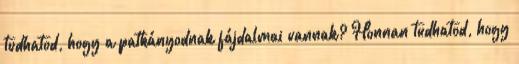
tudhatod, hogy a patkányodnak fájdalmai vannak? Honnan tudhatod, hogy